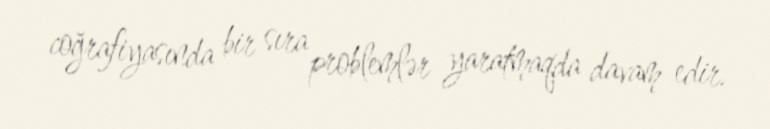
coğrafiyasında bir sıra problemlər yaratmaqda davam edir.